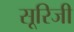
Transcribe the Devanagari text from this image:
सूरिजी